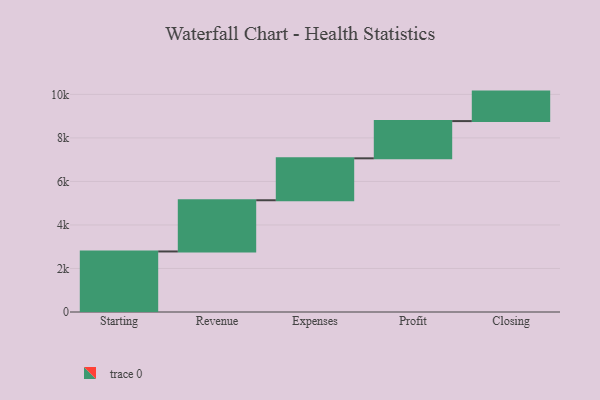
{"axis": {"x": "Step", "y": "Value"}, "legend": [""], "data": [{"x": "Starting", "y": 2782.0, "type": ""}, {"x": "Revenue", "y": 2353.0, "type": ""}, {"x": "Expenses", "y": 1927.0, "type": ""}, {"x": "Profit", "y": 1711.0, "type": ""}, {"x": "Closing", "y": 1355.0, "type": ""}]}